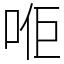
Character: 𠳔